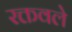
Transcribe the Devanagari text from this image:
रक्तवले